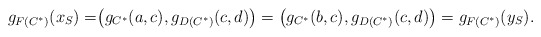
\begin{align*} g_{F(C^*)}(x_S)=&\big( g_{C^*}(a, c), g_{D(C^*)}(c, d) \big)= \big( g_{C^*}(b, c), g_{D(C^*)}(c, d) \big)= g_{F(C^*)}(y_S).\end{align*}